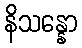
နိသန္နော